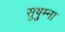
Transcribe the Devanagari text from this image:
सुषु्म्ना